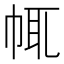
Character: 㡇